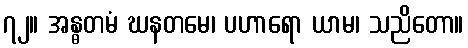
၇၂။ အန္ဓတမံ ဃနတမေ၊ ပဟာရော ယာမ၊ သညိတော။